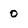
Character: 0